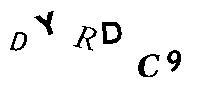
DYRDC9